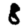
Digit: 8